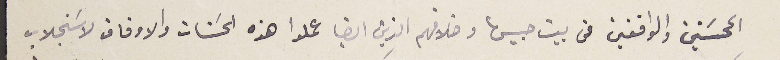
المحسَنين والواقفين من بيت حبيش وخلافهم الذين ايضا عملوا هذه الحسَنات والاوقاف لاسَتجلاب